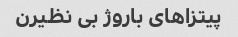
پیتزاهاى باروژ بى نظیرن